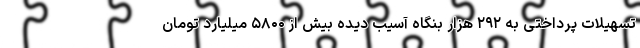
تسهیلات پرداختی به ۲۹۲ هزار بنگاه آسیب دیده بیش از ۵۸۰۰ میلیارد تومان